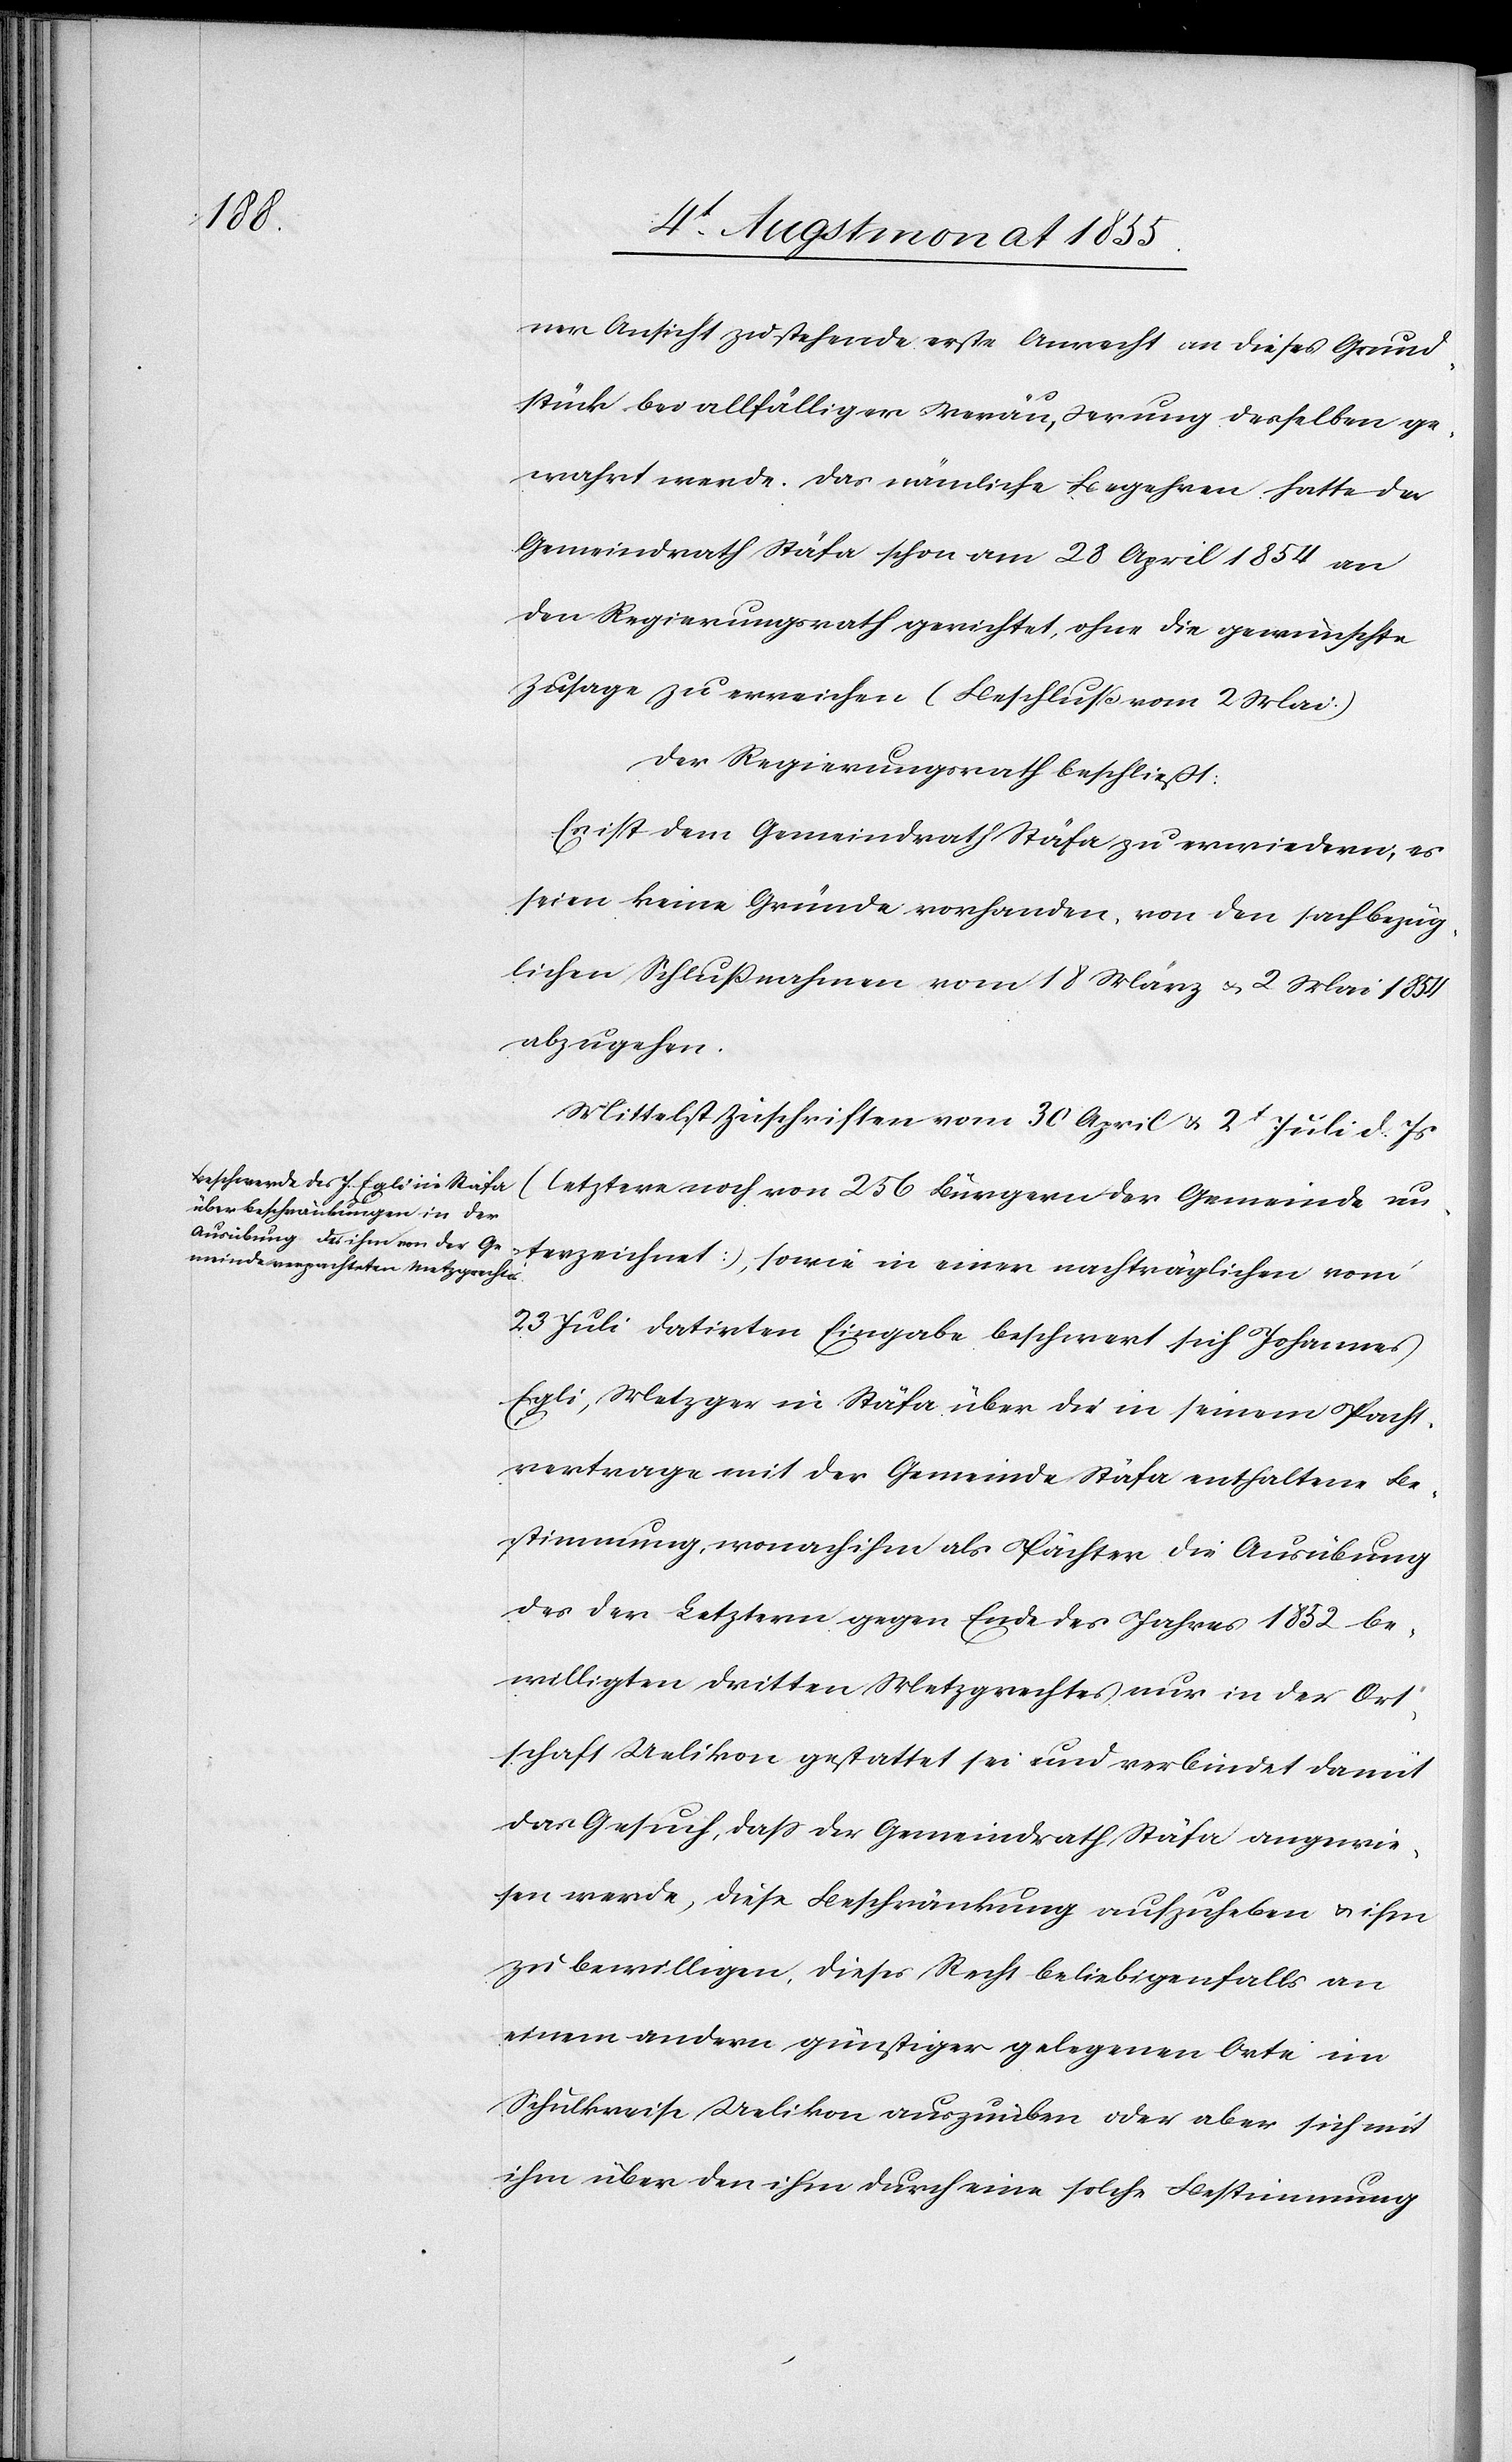
ner Ansicht zustehende erste Anrecht an dieses Grund¬
stück bei allfälliger Veräußerung desselben ge¬
wahrt werde. Das nämliche Begehren hatte der
Gemeindrath Stäfa schon am 28 April 1854 an
den Regierungsrath gerichtet, ohne die gewünschte
Zusage zu erreichen (Beschluß vom 2 Mai.)
Der Regierungsrath beschließt:
Es ist dem Gemeindrath Stäfa zu erwiedern, es
seien keine Gründe vorhanden, von den sachbezüg¬
lichen Schlußnahmen vom 18 März & 2 Mai 1854
abzugehen.
Mittelst Zuschriften vom 30 April & 2t Juli d. Js
(letztere noch von 256 Bürgern der Gemeinde un¬
terzeichnet), sowie in einer nachträglichen vom
23 Juli datirten Eingabe beschwert sich Johannes
Egli, Metzger in Stäfa über die in seinem Pacht¬
vertrage mit der Gemeinde Stäfa enthaltene Be¬
stimmung, wonach ihm als Pächter die Ausübung
des der Letztern gegen Ende des Jahres 1852 be¬
willigten dritten Metzgrechtes nur in der Ort¬
schaft Uelikon gestattet sei und verbindet damit
das Gesuch, dass der Gemeindrath Stäfa angewie¬
sen werde, diese Beschränkung aufzuheben & ihm
zu bewilligen, dieses Recht beliebigenfalls an
einem andern günstiger gelegenen Orte im
Schulkreise Uelikon auszuüben oder aber sich mit
ihm über den ihm durch eine solche Bestimmung